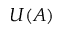
U ( A )